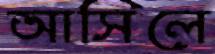
আসিলে